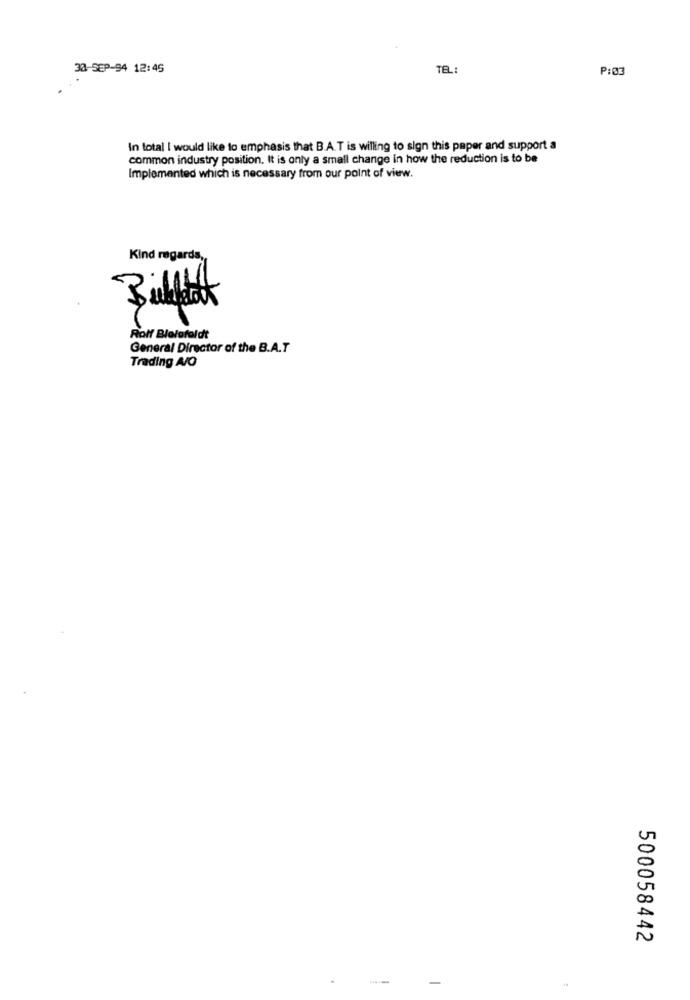
38-SEP-94 12:45
TEL:
P:03
In total I would like to emphasis that B.A.T is willing to sign this paper and support a
common industry position. It is only a small change in how the reduction is to be
Implemented which is necessary from our point of view.
Kind regards,
Rolf Blelafaldt
General Director of the B.A.T
Trading A/O
500058442